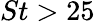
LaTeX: St>25